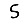
Digit: 5